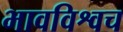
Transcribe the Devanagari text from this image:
भावविश्वच